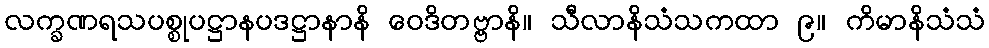
လက္ခဏရသပစ္စုပဋ္ဌာနပဒဋ္ဌာနာနိ ဝေဒိတဗ္ဗာနိ။ သီလာနိသံသကထာ ၉။ ကိမာနိသံသံ